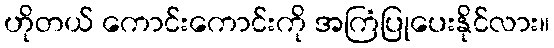
ဟိုတယ် ကောင်းကောင်းကို အကြံပြုပေးနိုင်လား။